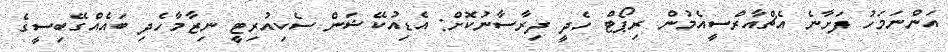
އަންނަމަހު ފަށާނެ އެޗްއާރްސީއެމުން ރިޕޯޓް ހެދީ ދިރާސާނުކޮށް: އެޑިއުކޭޝަން ސެކިއުރިޓީ ނިޒާމާާހެދި ބައެއްގޭބިސީގެ